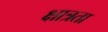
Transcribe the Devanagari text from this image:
क्षात्रता